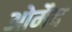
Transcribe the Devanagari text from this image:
ओमैद